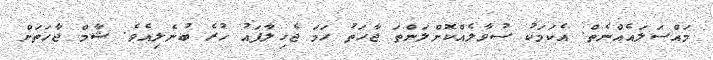
މައްސަލައެއްނެތް. އެކަމަކު ސުވާލެއްކޮށްލަންތަ ޖާހަތު ހަމަ ޖެހިލާފައު ހުރެ ބުނެލިއެވެ. ޝާމް ޖާހަތަށް